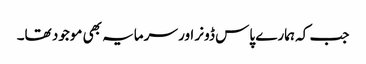
جب کہ ہمارے پاس ڈونر اور سرمایہ بھی موجود تھا۔